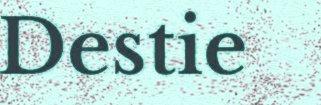
Destie